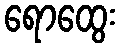
ရောထွေး